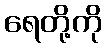
ရေတို့ကို